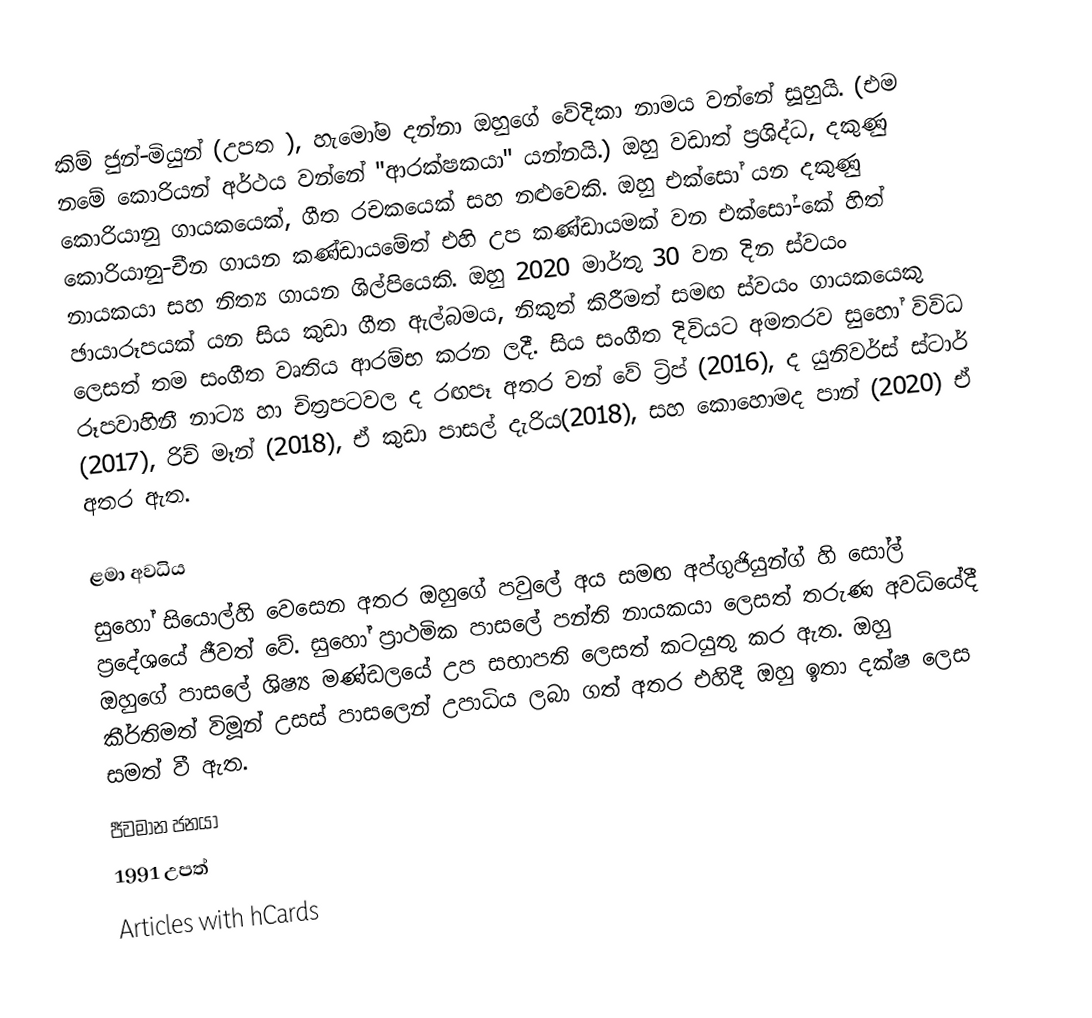
කිම් ජුන්-මියුන් (උපත   ), හැමෝම දන්නා ඔහුගේ වේදිකා නාමය වන්නේ සූහුයි. (එම නමේ කොරියන් අර්ථය වන්නේ "ආරක්ෂකයා" යන්නයි.) ඔහු වඩාත් ප්‍රශිද්ධ, දකුණු කොරියානු ගායකයෙක්, ගීත රචකයෙක් සහ නළුවෙකි. ඔහු එක්සෝ යන දකුණු කොරියානු-චීන ගායන කණ්ඩායමේත් එහි උප කණ්ඩායමක් වන එක්සෝ-කේ හිත් නායකයා සහ නිත්‍ය ගායන ශිල්පියෙකි. ඔහු 2020 මාර්තු 30 වන දින ස්වයං ඡායාරූපයක් යන සිය කුඩා ගීත ඇල්බමය, නිකුත් කිරීමත් සමඟ ස්වයං ගායකයෙකු ලෙසත් තම සංගීත වෘතිය ආරම්භ කරන ලදී. සිය සංගීත දිවියට අමතරව සුහෝ විවිධ රූපවාහිනී නාට්‍ය හා චිත්‍රපටවල ද රඟපෑ අතර වන් වේ ට්‍රිප් (2016), ද යුනිවර්ස් ස්ටාර් (2017), රිච් මෑන් (2018), ඒ කුඩා පාසල් දැරිය(2018), සහ කොහොමද පාන් (2020) ඒ අතර ඇත.

ළමා අවධිය
සුහෝ සියොල්හි වෙසෙන අතර ඔහුගේ පවුලේ අය සමඟ අප්ගුජියුන්ග් හි සෝල් ප්‍රදේශයේ ජීවත් වේ. සුහෝ ප්‍රාථමික පාසලේ පන්ති නායකයා ලෙසත් තරුණ අවධියේදී ඔහුගේ පාසලේ ශිෂ්‍ය මණ්ඩලයේ උප සභාපති ලෙසත් කටයුතු කර ඇත. ඔහු කීර්තිමත් විමූන් උසස් පාසලෙන් උපාධිය ලබා ගත් අතර එහිදී ඔහු ඉතා දක්ෂ ලෙස සමත් වී ඇත.
ජීවමාන ජනයා
1991 උපත්
Articles with hCards